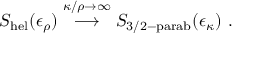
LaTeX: S _ { \mathrm { h e l } } ( \epsilon _ { \rho } ) \stackrel { \kappa / \rho \rightarrow \infty } { \longrightarrow } S _ { \mathrm { 3 / 2 - p a r a b } } ( \epsilon _ { \kappa } ) ~ .